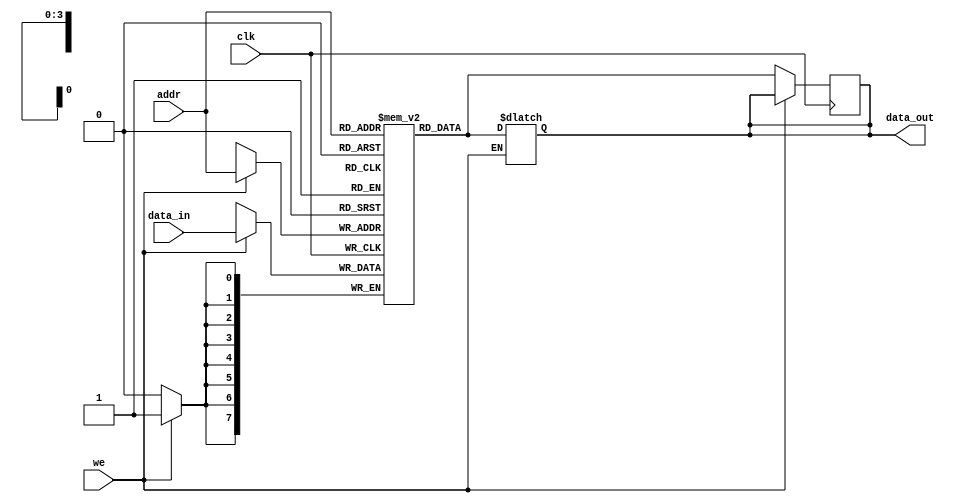
module parameterized_ram #(
    parameter DATA_WIDTH = 8,  // Width of each memory word
    parameter ADDR_WIDTH = 4   // Number of addressable locations (2^ADDR_WIDTH)
)(
    input wire clk,             // Clock signal
    input wire we,              // Write enable signal
    input wire [ADDR_WIDTH-1:0] addr, // Address input
    input wire [DATA_WIDTH-1:0] data_in, // Data input
    output reg [DATA_WIDTH-1:0] data_out // Data output
);

    // Memory array declaration
    reg [DATA_WIDTH-1:0] mem [(2**ADDR_WIDTH)-1:0];

    // Synchronous read/write operation
    always @(posedge clk) begin
        if (we) begin
            // Write operation
            mem[addr] <= data_in;
        end else begin
            // Read operation
            data_out <= mem[addr];
        end
    end

    // Optional: Asynchronous read operation
    always @(*) begin
        if (!we) begin
            // Asynchronous read operation
            data_out = mem[addr];
        end
    end

    // Optional: Asynchronous reset functionality
    // Uncomment the following lines if reset functionality is needed
    /*
    input wire rst; // Asynchronous reset signal

    always @(posedge clk or posedge rst) begin
        if (rst) begin
            // Reset memory to zero or predefined state
            integer i;
            for (i = 0; i < (2**ADDR_WIDTH); i = i + 1) begin
                mem[i] <= {DATA_WIDTH{1'b0}}; // Initialize to zero
            end
        end else if (we) begin
            mem[addr] <= data_in;
        end else begin
            data_out <= mem[addr];
        end
    end
    */

endmodule